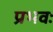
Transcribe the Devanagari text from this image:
प्रभवः